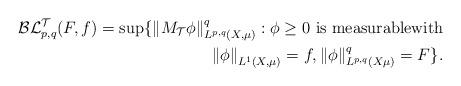
LaTeX: \begin{align*}\mathcal{BL}_{p,q}^{\mathcal{T}}(F,f)=\sup\{\left\Vert M_{\mathcal{T}}\phi\right\Vert _{L^{p,q}(X,\mu)}^{q}:\phi\geq0\text{ is measurablewith}\\\left\Vert \phi\right\Vert _{L^{1}(X,\mu)}=f,\left\Vert \phi\right\Vert _{L^{p,q}(X\mu)}^{q}=F\}.\end{align*}